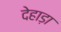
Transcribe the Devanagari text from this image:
देहाड़ा